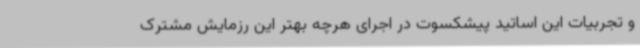
و تجربیات این اساتید پیشکسوت در اجرای هرچه بهتر این رزمایش مشترک